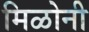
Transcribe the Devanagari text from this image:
मिळोनी